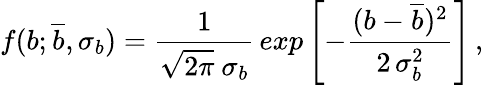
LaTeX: f(b;\overline{{{b}}},\sigma_{b})=\frac{1}{\sqrt{2\pi}\ \sigma_{b}}\, exp\left[-\frac{(b-\overline{{{b}}})^{2}}{2\, \sigma_{b}^{2}}\right]\, ,